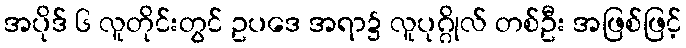
အပိုဒ် ၆ လူတိုင်းတွင် ဥပဒေ အရာ၌ လူပုဂ္ဂိုလ် တစ်ဦး အဖြစ်ဖြင့်